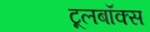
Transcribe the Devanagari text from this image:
टूलबॉक्स